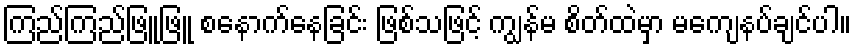
ကြည်ကြည်ဖြူဖြူ စနောက်နေခြင်း ဖြစ်သဖြင့် ကျွန်မ စိတ်ထဲမှာ မကျေနပ်ချင်ပါ။